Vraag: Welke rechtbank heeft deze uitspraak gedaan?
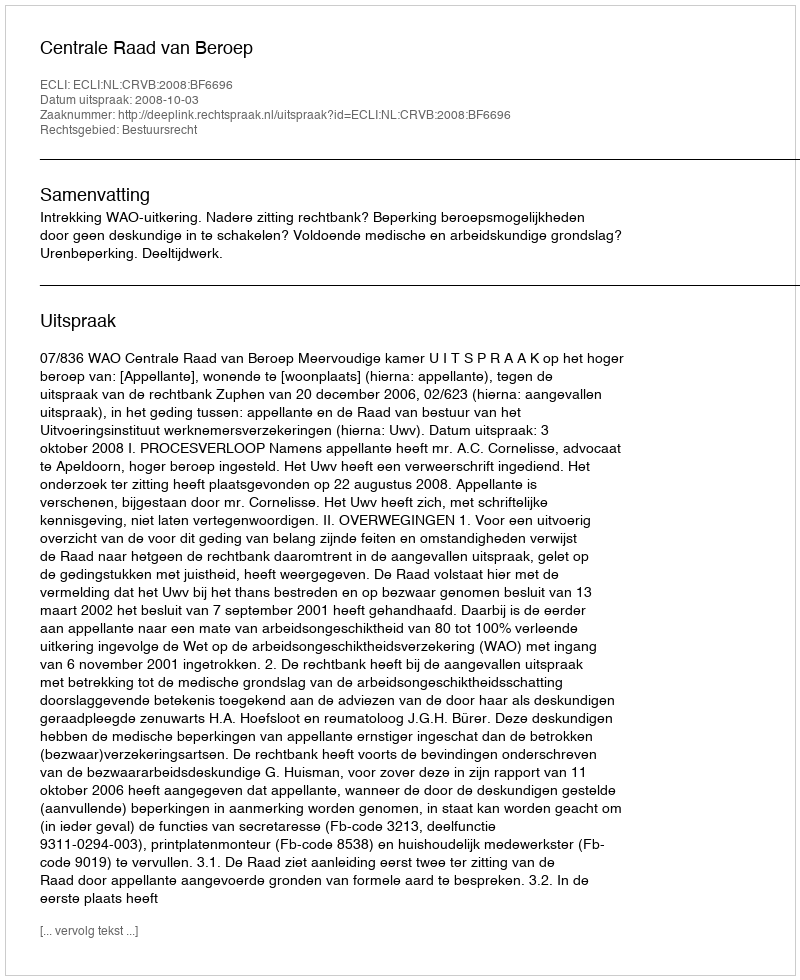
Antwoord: Centrale Raad van Beroep